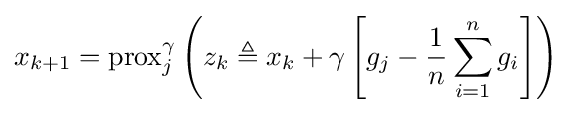
x_{k+1}={\text{prox}}_{j}^{\gamma }\left(z_{k}\triangleq x_{k}+\gamma \left[g_{j}-{\frac {1}{n}}\sum _{i=1}^{n}g_{i}\right]\right)